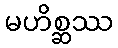
မဟိစ္ဆဿ